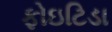
ફોઇટિડા